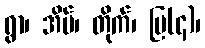
ရွာ၊ အိမ်၊ တိုက်၊ ပြ(၄)၊